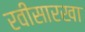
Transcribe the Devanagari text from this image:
रवीसारखा